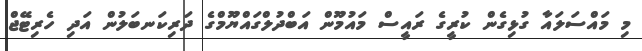
މި މައްސަލައާ ގުޅިގެން ކުރީގެ ރައީސް މައުމޫން އަބްދުލްގައްޔޫމްގެ ދަރިކަނބަލުން އަދި ހެރިޓޭޖް